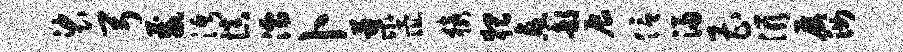
裟弓葳沔慎濡卜蓼彘猿猥愈部展信浸曹滋屡汝